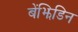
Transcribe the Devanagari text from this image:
बेंझिडिन